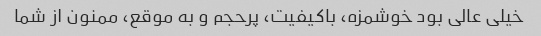
خیلی عالی بود خوشمزه، باکیفیت، پرحجم و به موقع، ممنون از شما